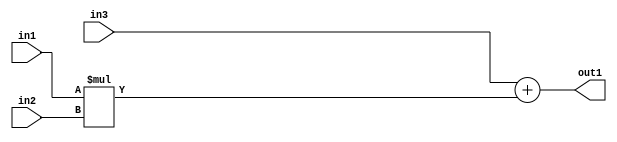
`timescale 1ps / 1ps
/*****************************************************************************
    Verilog RTL Description
    
    
    Created by: Stratus DpOpt 2019.1.01 
*******************************************************************************/

module GaussFilter_Add2Mul2s32u8s32_1 (
	in3,
	in2,
	in1,
	out1
	); /* architecture "behavioural" */ 
input [31:0] in3;
input [7:0] in2;
input [31:0] in1;
output [31:0] out1;
wire [31:0] asc001;

wire [31:0] asc001_tmp_0;
assign asc001_tmp_0 = 
	+(in3);
assign asc001 = asc001_tmp_0
	+(in1 * in2);

assign out1 = asc001;
endmodule

/* CADENCE  uLL4SAw= : u9/ySgnWtBlWxVPRXgAZ4Og= ** DO NOT EDIT THIS LINE ******/